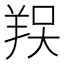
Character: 𦎀